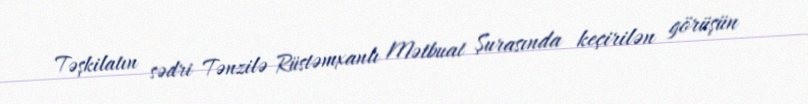
Təşkilatın sədri Tənzilə Rüstəmxanlı Mətbuat Şurasında keçirilən görüşün